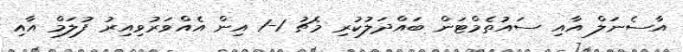
އާސެނަލް އާއި ސައުތެމްޓަން ބައްދަލުކުރި މެޗު 1-1 އިން އެއްވަރުވިއިރު ފުލަމް އާއި